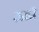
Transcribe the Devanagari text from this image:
ऊडी